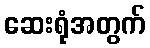
ဆေးရုံအတွက်